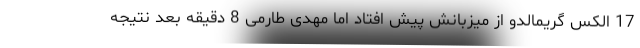
17 الکس گریمالدو از میزبانش پیش افتاد اما مهدی طارمی 8 دقیقه بعد نتیجه